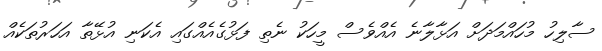
ސާލިހު މުހައްމަދަށް އަޅާލާނެ އެއްވެސް މީހަކު ނެތި ފަޅުގެއެއްގައި އެކަނި އުޅޭތާ އަހަރުތަކެއް